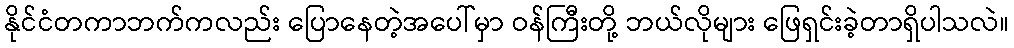
နိုင်ငံတကာဘက်ကလည်း ပြောနေတဲ့အပေါ်မှာ ဝန်ကြီးတို့ ဘယ်လိုများ ဖြေရှင်းခဲ့တာရှိပါသလဲ။